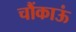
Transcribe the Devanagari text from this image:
चौंकाऊं